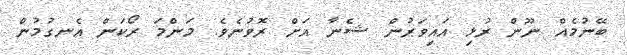
ބޭނުމެއް ނޫން ރުޅި އައިވަރުން ޝެނާ އަށް ރޮވުނެވެ. މަންމަ ރޯކަން އެނގުމުން